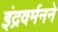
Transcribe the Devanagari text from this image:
इंद्रवर्मनने